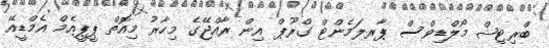
ބްރިޓިޝް މޯލްޑިވްސް ޕާރލަމެންޓް ގްރޫޕް އިން ރާއްޖޭގެ މިހާރު މިއޮތް ޕީޕީއެމް އެމްޑީއޭ